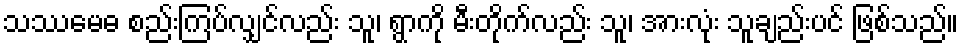
သဿမေဓ စည်းကြပ်လျှင်လည်း သူ၊ ရွာကို မီးတိုက်လည်း သူ၊ အားလုံး သူချည်းပင် ဖြစ်သည်။